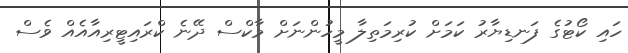
ހައި ކޯޓުގެ ފަނޑިޔާރު ކަމަށް ކުރިމަތިލާ މީހުންނަށް މާކްސް ދޭނެ ކްރައިޓީރިއާއެއް ވެސް